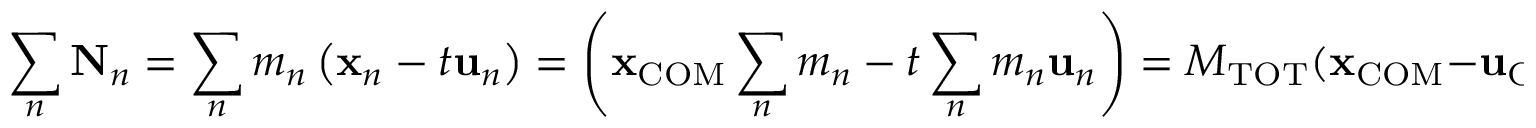
\sum _ { n } \mathbf { N } _ { n } = \sum _ { n } m _ { n } \left( \mathbf { x } _ { n } - t \mathbf { u } _ { n } \right) = \left( \mathbf { x } _ { \mathrm { C O M } } \sum _ { n } m _ { n } - t \sum _ { n } m _ { n } \mathbf { u } _ { n } \right) = M _ { \mathrm { T O T } } ( \mathbf { x } _ { \mathrm { C O M } } - \mathbf { u } _ { \mathrm { C O M } } t )